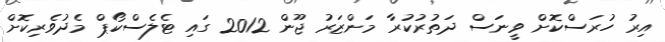
އިރު ހުރަސްކޮށް ވީނަސް ދަތުރުކުރާ މަންޒަރު ޖޫން 2012 ގައި ޓެލެސްކޯޕް މެދުވެރިކޮށް